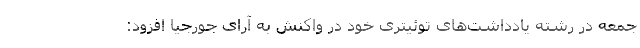
جمعه در رشته یادداشت‌های توئیتری خود در واکنش به آرای جورجیا افزود: